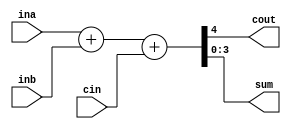
/*
* 4
* 
* NN+1
* 
* assign
* */
module adder4(cout,sum,ina,inb,cin);
output[3:0] sum;
output cout;
input[3:0] ina,inb;
input cin;

assign {cout,sum}=ina+inb+cin;
endmodule